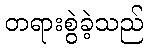
တရားစွဲခဲ့သည်